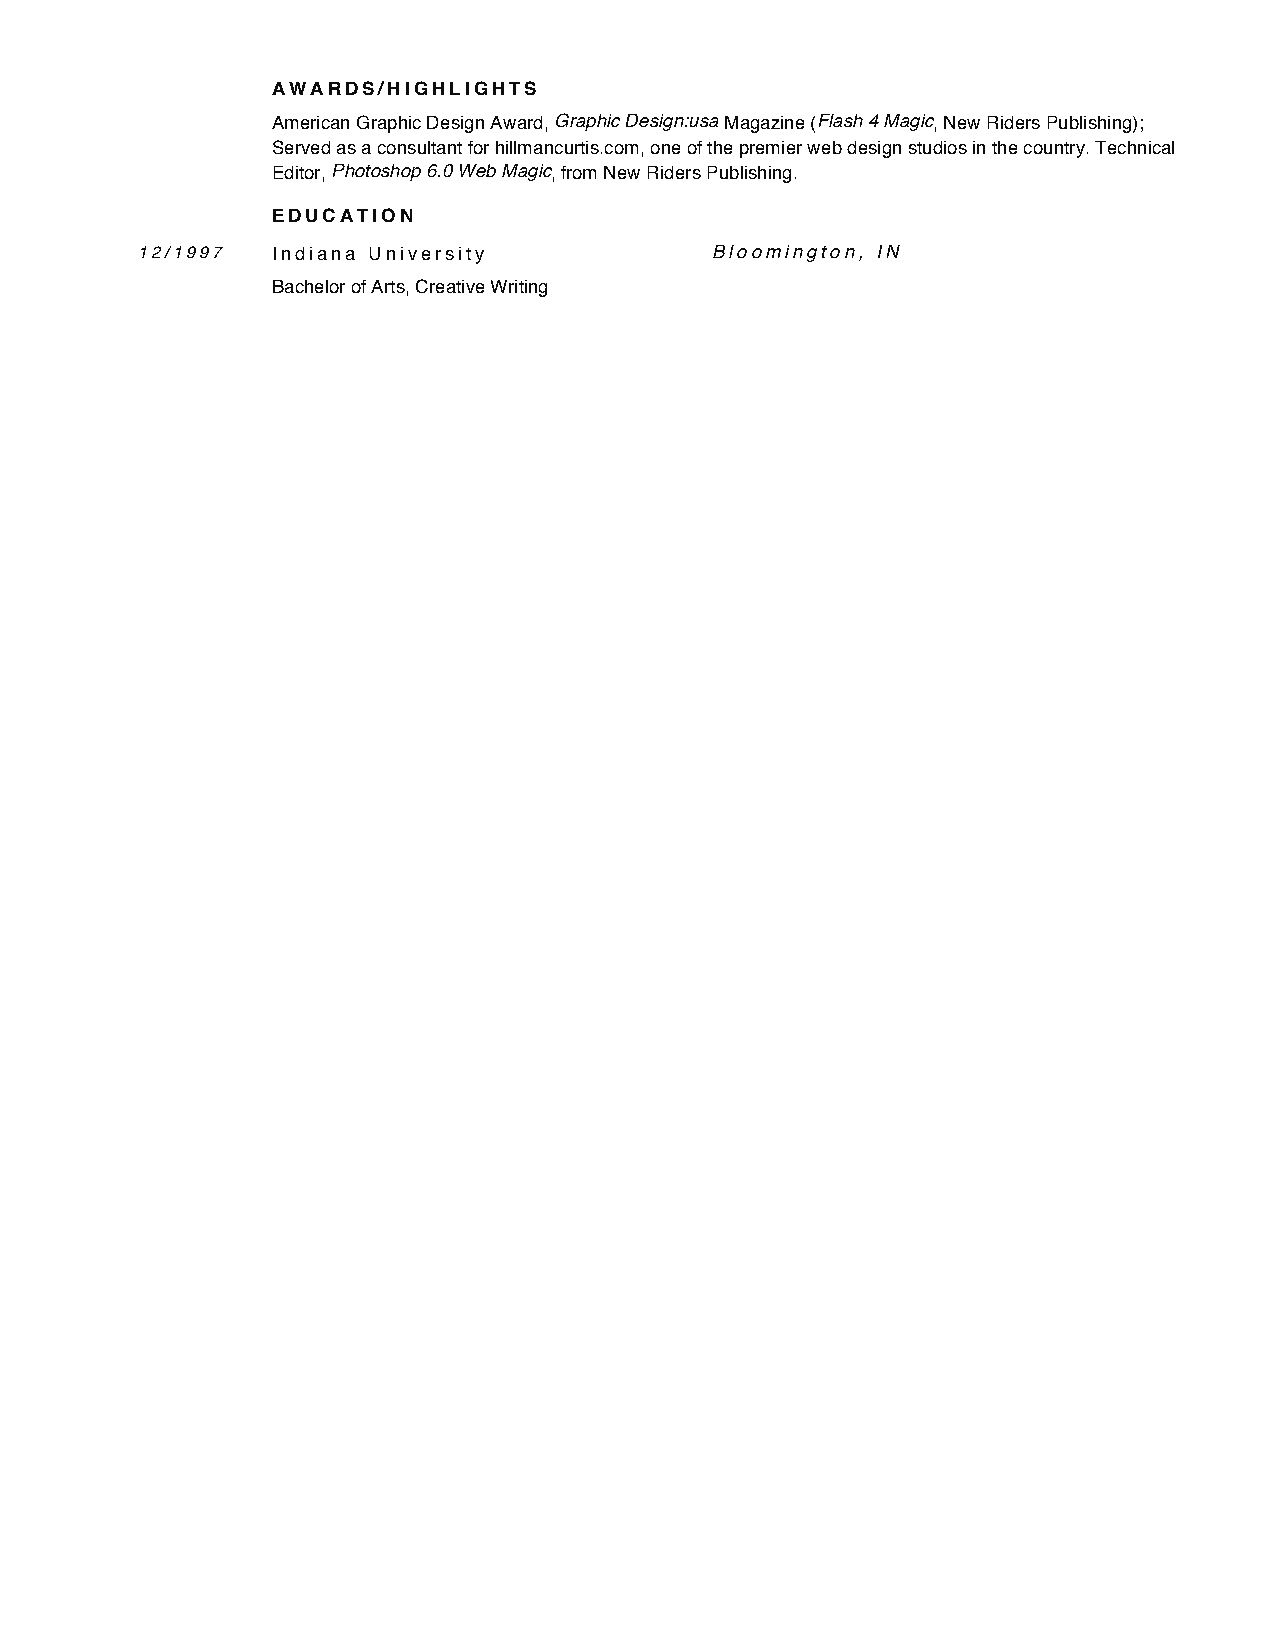
AWARDS/HIGHLIGHTS
 American Graphic Design Award, Graphic Design:usa Magazine (Flash 4 Magic, New Riders Publishing);
 Served as a consultant for hillmancurtis.com, one of the premier web design studios in the country. Technical
 Editor, Photoshop 6.0 Web Magic, from New Riders Publishing.
 EDUCATION
 12/1997  Indiana University           Bloomington, IN
 Bachelor of Arts, Creative Writing